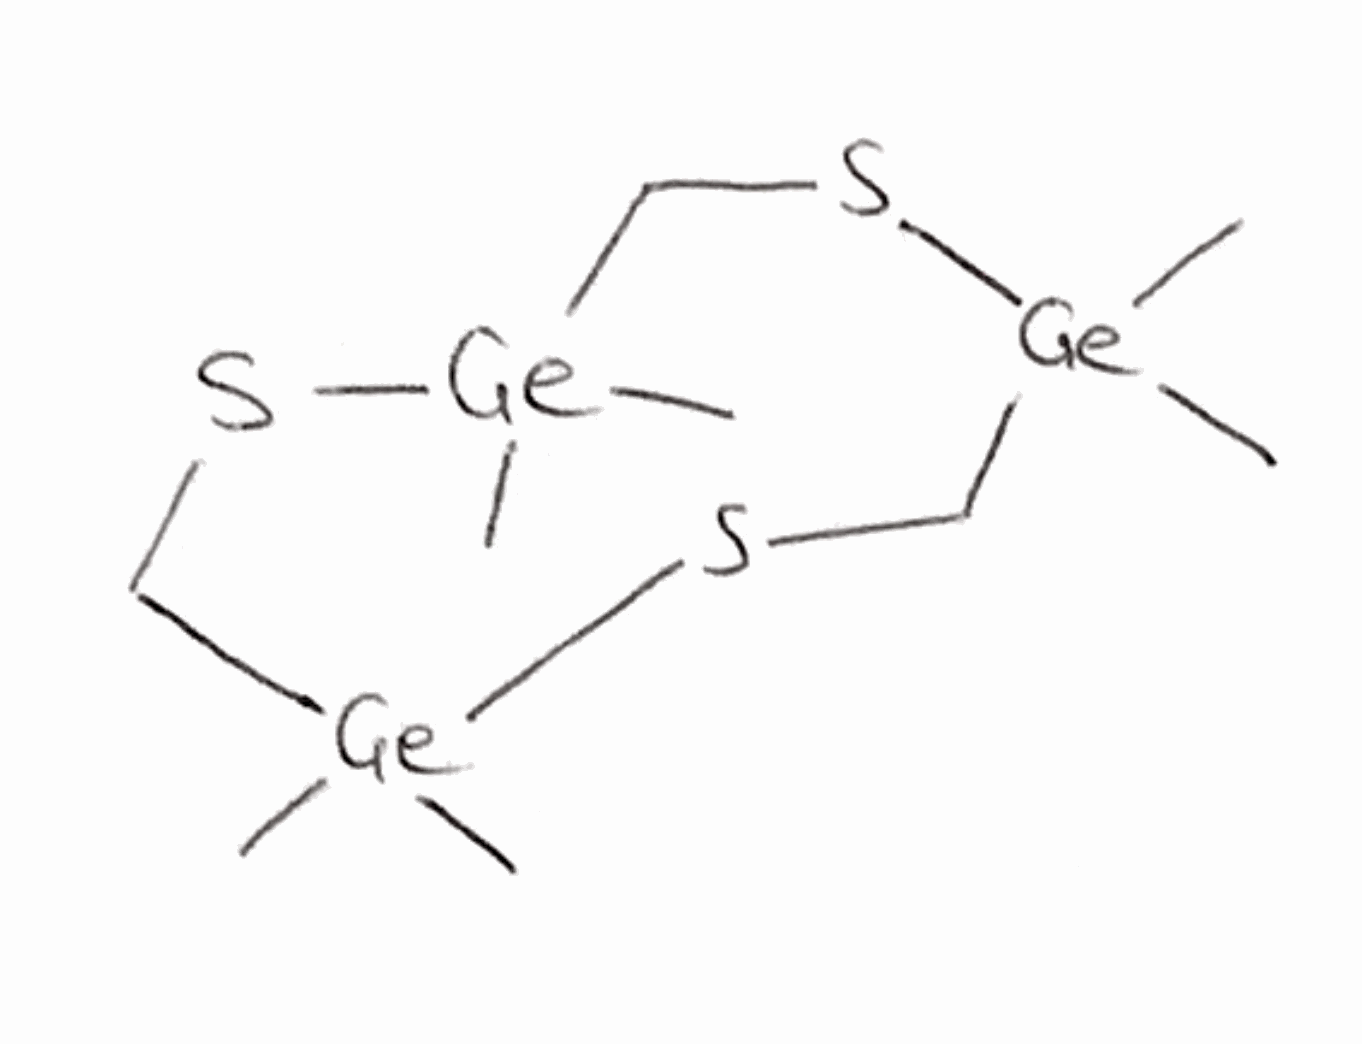
Simplified molecular-input line-entry system (SMILES) notation of the given molecule:
C[Ge]1(CS[Ge](CS[Ge](CS1)(C)C)(C)C)C